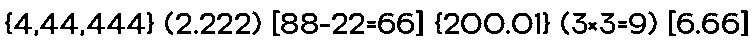
{4,44,444} (2.222) [88-22=66] {200.01} (3×3=9) [6.66]